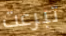
تبرعت